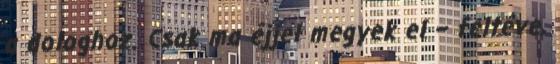
a dologhoz. Csak ma éjjel megyek el – feltéve,